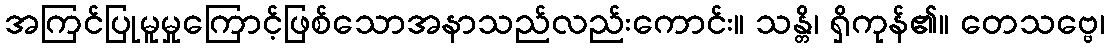
အကြင်ပြုမူမှုကြောင့်ဖြစ်သောအနာသည်လည်းကောင်း။ သန္တိ၊ ရှိကုန်၏။ တေသဗ္ဗေ၊